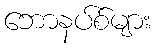
ဘောနပ်စ်များ